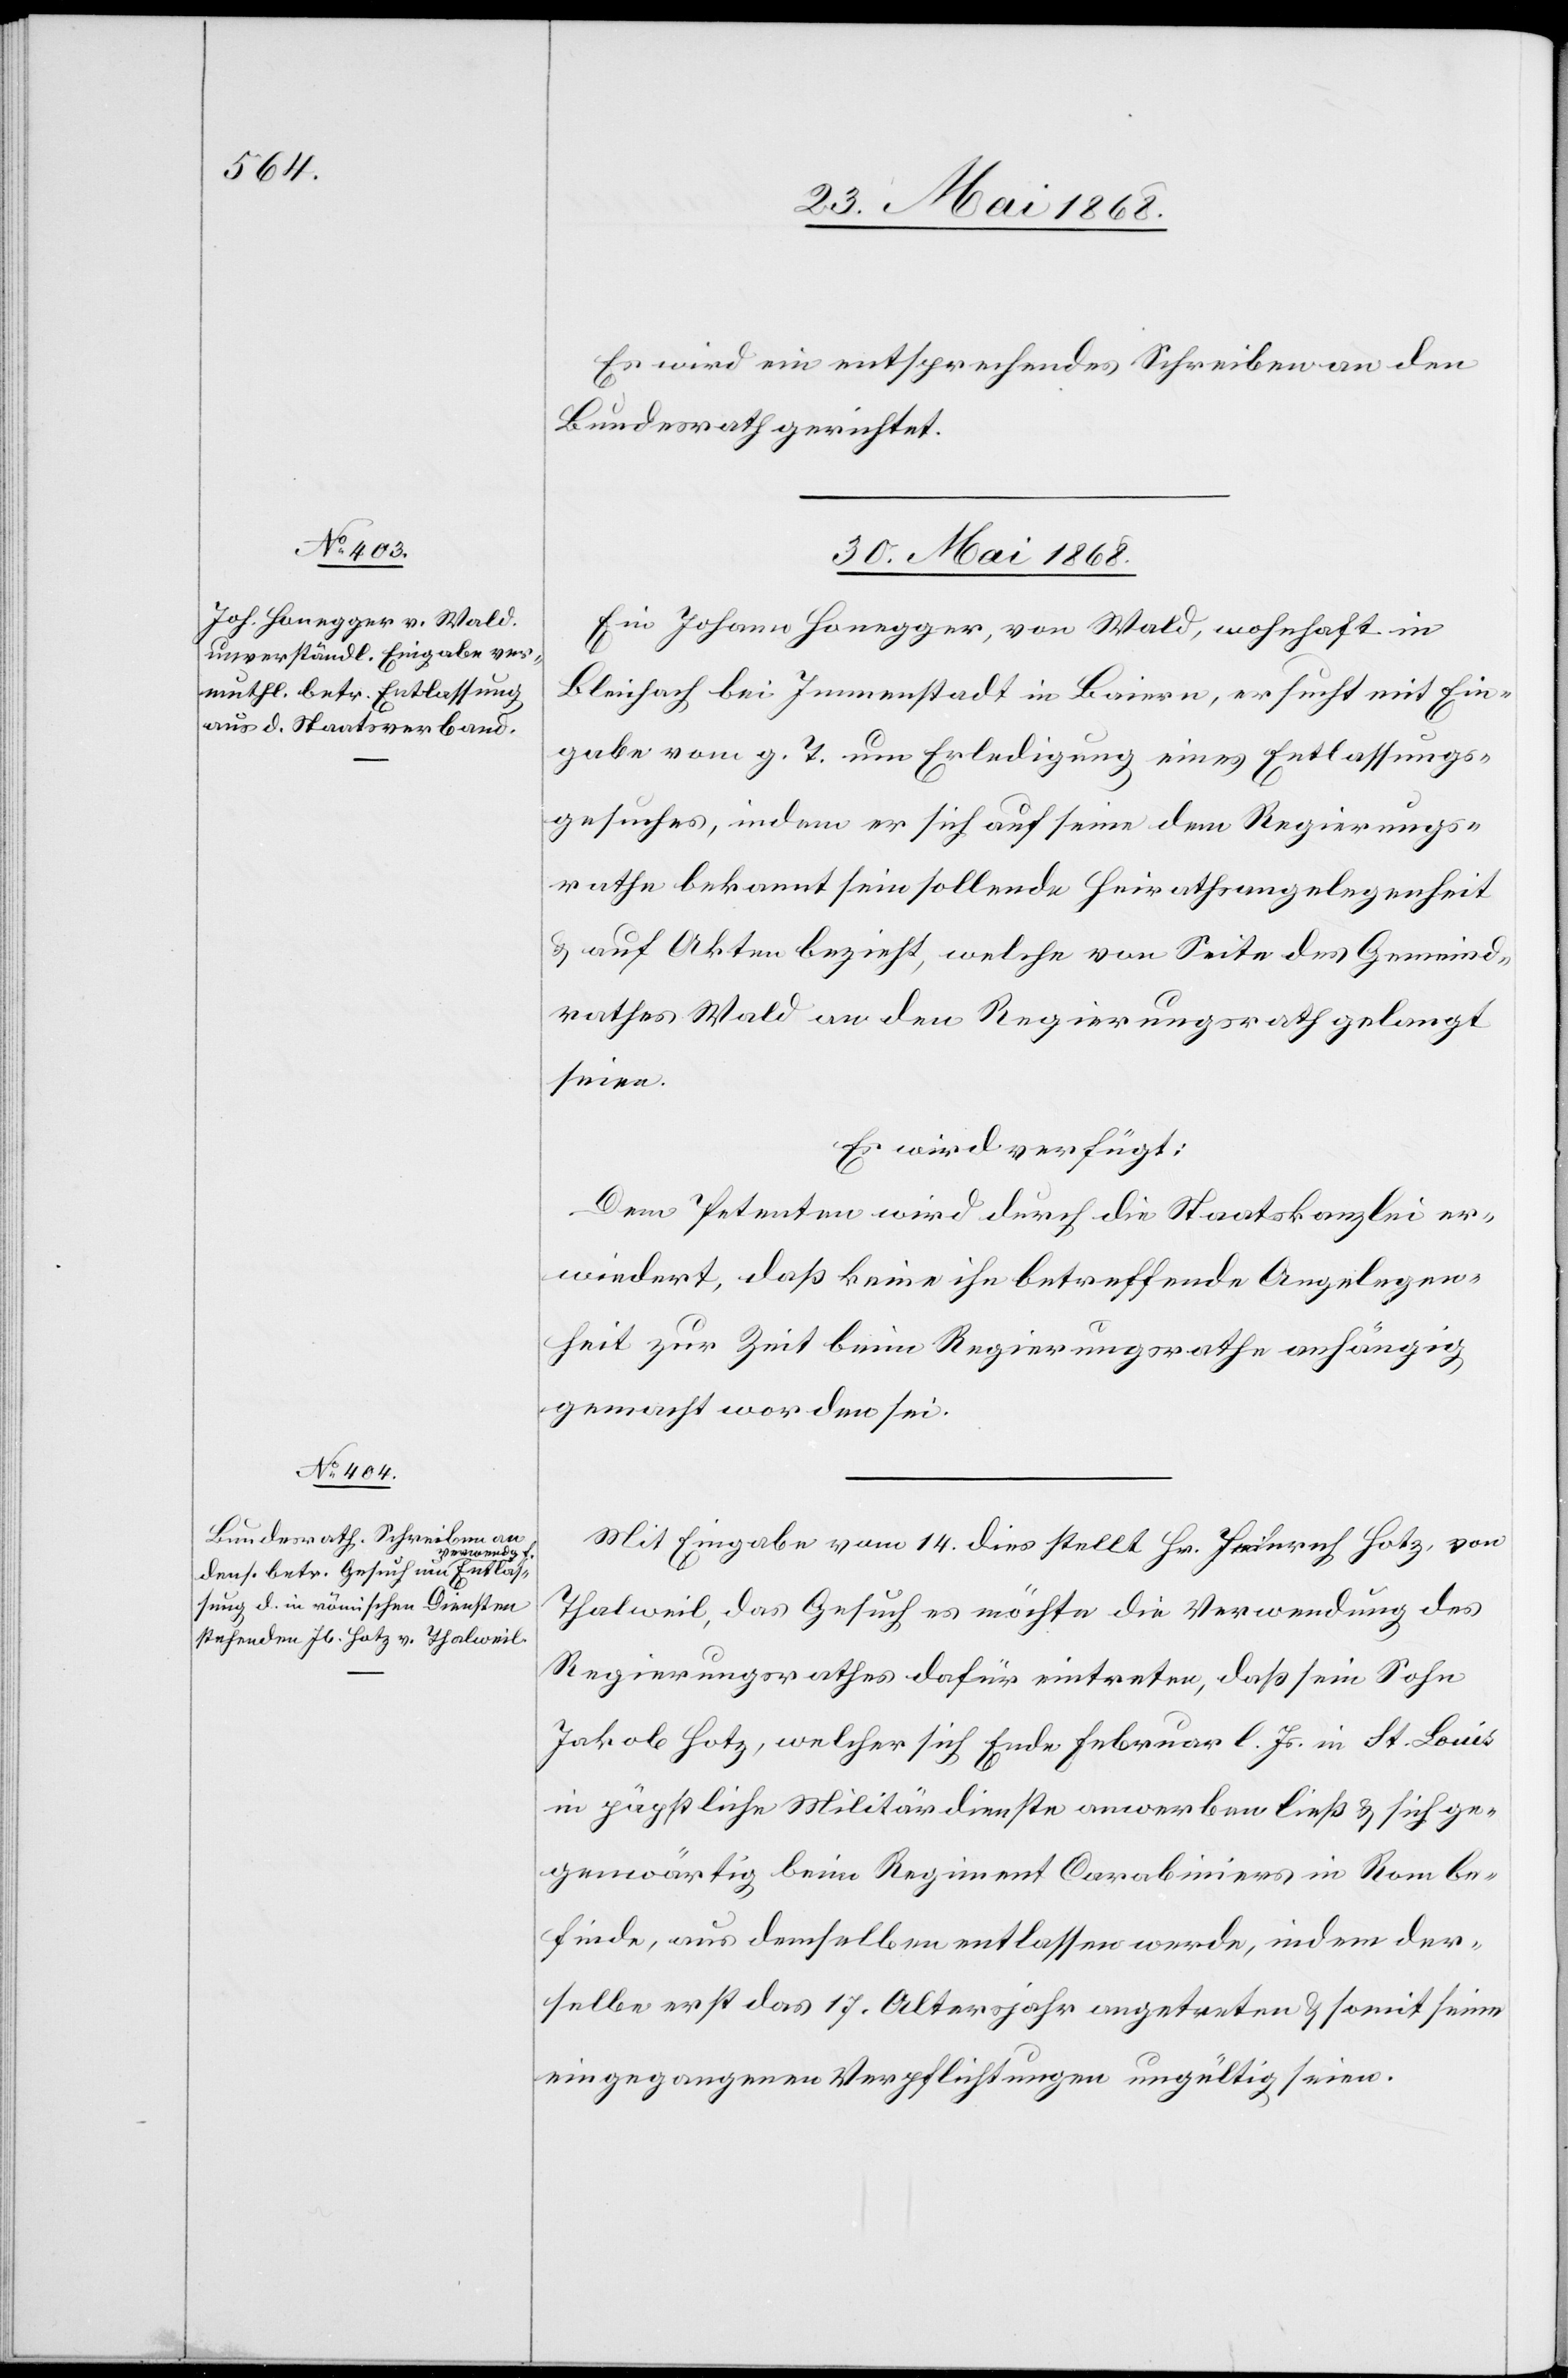
Es wird ein entsprechendes Schreiben an den
Bundesrath gerichtet.
30. Mai 1868.]
Ein Johann Honegger, von Wald, wohnhaft in
Bleichach bei Immenstadt in Baiern, ersucht mit Ein¬
gabe vom g. T. um Erledigung eines Entlassungs¬
gesuches, indem er sich auf seine dem Regierungs¬
rathe bekannt sein sollende Heirathsangelegenheit
& auf Akten bezieht, welche von Seite des Gemeind¬
rathes Wald an den Regierungsrath gelangt
seien.
Es wird verfügt:
Dem Petenten wird durch die Staatskanzlei er¬
wiedert, daß keine ihn betreffende Angelegen¬
heit zur Zeit beim Regierungsrathe anhängig
gemacht worden sei.
Mit Eingabe vom 14. dies stellt Hr. Heinrich Hotz, von
Thalweil, das Gesuch es möchte die Verwendung des
Regierungsrathes dafür eintreten, daß sein Sohn
Jakob Hotz, welcher sich Ende Februar l. Js. in St. Louis
in päpstliche Militärdienste anwerben ließ & sich ge¬
genwärtig beim Regiment Carabiniers in Rom be¬
finde, aus demselben entlassen werde, indem der¬
selbe erst das 17. Altersjahr angetreten & somit seine
eingegangenen Verpflichtungen ungültig seien.